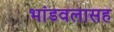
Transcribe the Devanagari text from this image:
भांडवलासह